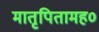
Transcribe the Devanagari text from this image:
मातृपितामह०